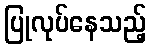
ပြုလုပ်နေသည့်